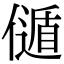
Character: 𠎻